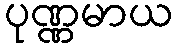
ပုဏ္ဏမာယ